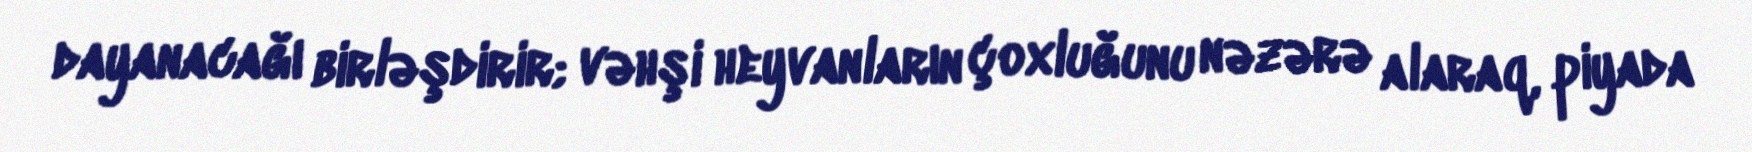
dayanacağı birləşdirir; vəhşi heyvanların çoxluğunu nəzərə alaraq, piyada